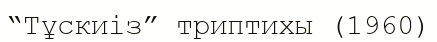
“Тұскиіз” триптихы (1960)